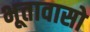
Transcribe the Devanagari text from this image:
भूतावासो